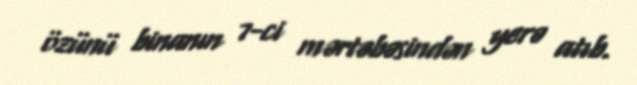
özünü binanın 7-ci mərtəbəsindən yerə atıb.